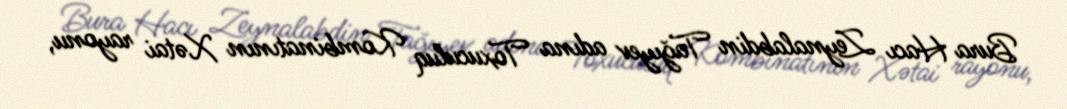
Bura Hacı Zeynalabdin Tağıyev adına Toxuculuq Kombinatının Xətai rayonu,